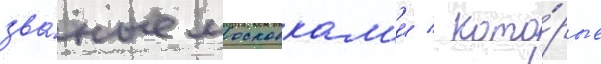
зва́ные московкам'и / кото́рые